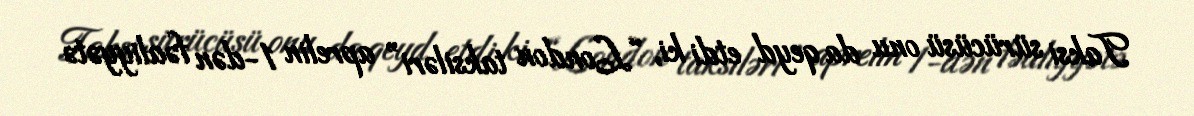
Taksi sürücüsü onu da qeyd etdi ki, “London taksiləri” aprelin 1-dən fəaliyyətə